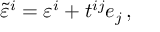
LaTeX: \tilde { \varepsilon } ^ { i } = \varepsilon ^ { i } + t ^ { i j } e _ { j } \, ,